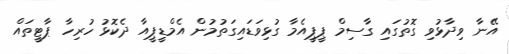
އޭނާ ވިދާޅުވި ގޮތުގައި ގާސިމް ޕީޕީއެމާ ގުޅިވަޑައިގަތުމުން އެމްޑީޕީއާ ދެކޮޅު ހުރިހާ ޕާޓީތައް